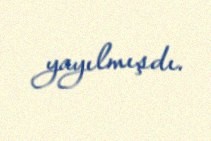
yayılmışdı.